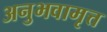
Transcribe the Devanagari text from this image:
अनुभवामृत्त